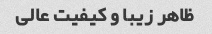
ظاهر زیبا و کیفیت عالی